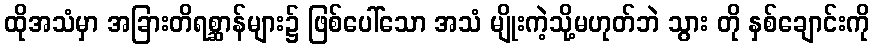
ထိုအသံမှာ အခြားတိရစ္ဆာန်များ၌ ဖြစ်ပေါ်သော အသံ မျိုးကဲ့သို့မဟုတ်ဘဲ သွား တို နှစ်ချောင်းကို